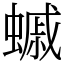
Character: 䗩